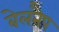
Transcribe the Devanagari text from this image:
बेलनैप